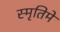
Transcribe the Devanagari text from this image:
स्मृतिमे